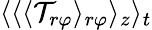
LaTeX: \langle\langle\langle\mathcal{T}_{r\varphi}\rangle_{r\varphi}\rangle_{z}\rangle_{t}